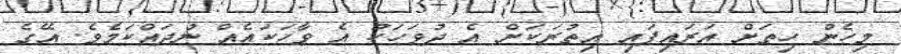
މިހެން ހިތަށް އަރައިފައި އިތުރަކަށް އެ ދުވަހަކު އެ ވާހަކައެއް ނުދައްކަމެވެ. އޭގެ